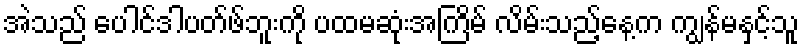
အဲသည် ပေါင်ဒါပတ်ဖ်ဘူးကို ပထမဆုံးအကြိမ် လိမ်းသည့်နေ့က ကျွန်မနှင့်သူ